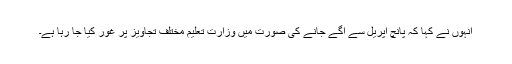
انہوں نے کہا کہ پانچ اپریل سے آگے جانے کی صورت میں وزارت تعلیم مختلف تجاویز پر غور کیا جا رہا ہے۔